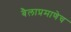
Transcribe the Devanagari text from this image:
बैलाप्रमाणेच